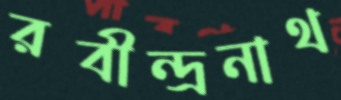
রবীন্দ্রনাথ